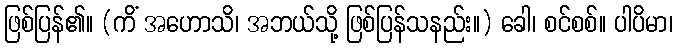
ဖြစ်ပြန်၏။ (ကိံ အဟောသိ၊ အဘယ်သို့ ဖြစ်ပြန်သနည်း။) ခေါ၊ စင်စစ်။ ပါပိမာ၊